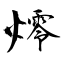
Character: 燯